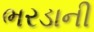
ભરડાની